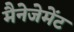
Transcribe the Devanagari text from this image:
मैनेजेमेंट